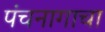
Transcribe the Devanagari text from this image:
पंचनागाचा